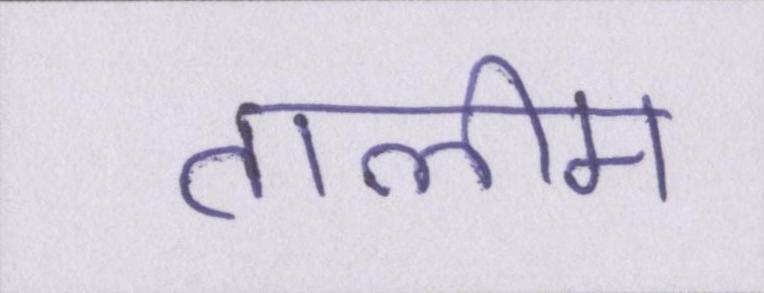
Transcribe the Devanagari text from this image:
तालीम